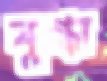
মুগ্ধা